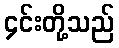
၄င်းတို့သည်